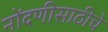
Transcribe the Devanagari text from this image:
नोंदणीसाठीचे